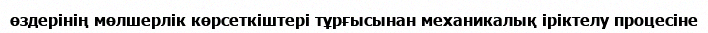
өздерінің мөлшерлік көрсеткіштері тұрғысынан механикалық іріктелу процесіне